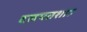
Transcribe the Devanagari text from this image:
दलपतशाह